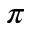
\pi